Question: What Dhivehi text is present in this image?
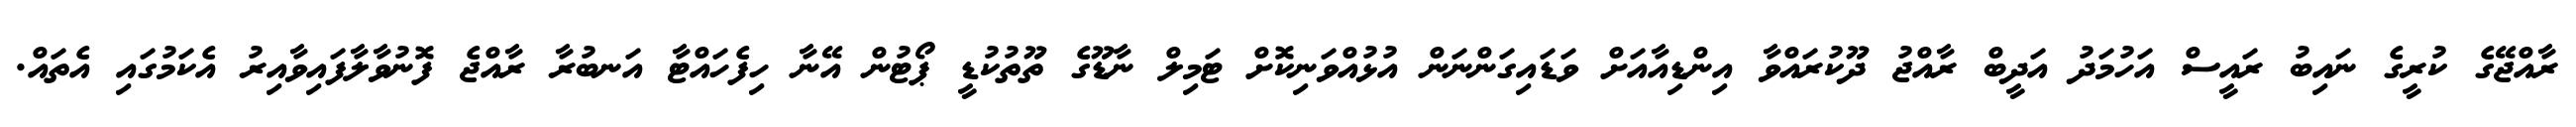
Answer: ރާއްޖޭގެ ކުރީގެ ނައިބު ރައީސް އަހުމަދު އަދީބް ރާއްޖު ދޫކުރައްވާ އިންޑިއާއަށް ވަޑައިގަންނަން އުޅުއްވަނިކޮށް ޓަމިލް ނާޑޫގެ ތޫތުކުޑީ ޕޯޓުން އޭނާ ހިފެހައްޓާ އަނބުރާ ރާއްޖެ ފޮނުވާލާފައިވާއިރު އެކަމުގައި އެތައް.